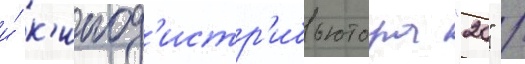
и́ к'инод'истр'ибьютора "20" /